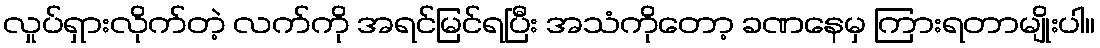
လှုပ်ရှားလိုက်တဲ့ လက်ကို အရင်မြင်ရပြီး အသံကိုတော့ ခဏနေမှ ကြားရတာမျိုးပါ။